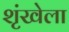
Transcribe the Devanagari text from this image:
शृंखेला